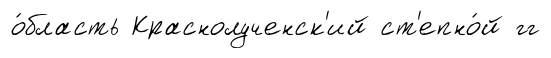
о́бласть Краснолученск'ий ст'епно́й гг